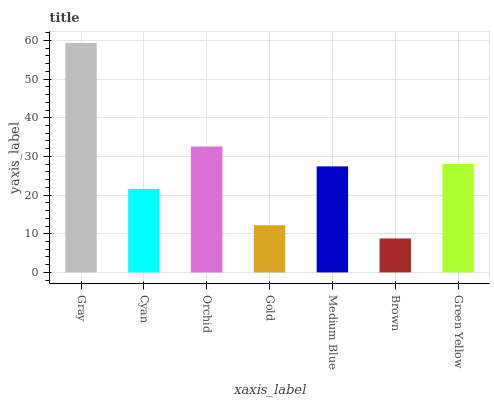
| xaxis_label | bars |
 | --- | --- |
 | Gray | 59.4 |
 | Cyan | 21.6 |
 | Orchid | 32.6 |
 | Gold | 12.2 |
 | Medium Blue | 27.4 |
 | Brown | 8.78 |
 | Green Yellow | 28 |